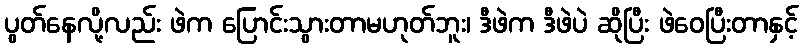
ပွတ်နေလို့လည်း ဖဲက ပြောင်းသွားတာမဟုတ်ဘူး၊ ဒီဖဲက ဒီဖဲပဲ ဆိုပြီး ဖဲဝေပြီးတာနှင့်